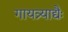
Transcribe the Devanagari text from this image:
गायत्र्याद्यैः